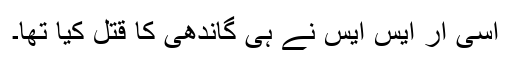
اسی آر ایس ایس نے ہی گاندھی کا قتل کیا تھا۔